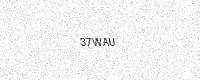
Text: 37WAU